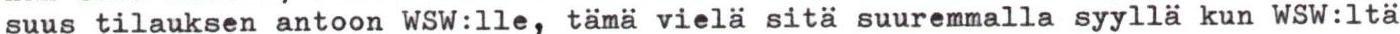
suus tilauksen antoon WSW:lle, tämä vielä sitä suuremmalla syyllä kun WSW:ltä